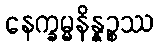
နေက္ခမ္မနိန္နဉ္စဿ